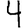
Digit: 4